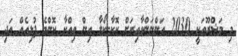
މި މަޝްރޫއަކީ 2030 އަންނަންވާއިރަށް ކޮކާ-ކޯލާ އިން ވިއްކާ ކޮންމެ ފުޅިއެއް އަދި